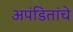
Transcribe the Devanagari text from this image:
अपंडितांचे